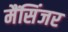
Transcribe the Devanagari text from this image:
मैंसिंजर